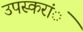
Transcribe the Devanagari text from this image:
उपस्करांें